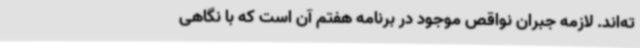
ته‌اند. لازمه جبران نواقص موجود در برنامه هفتم آن است که با نگاهی